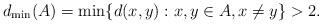
LaTeX: \begin{align*}d_{\min}(A)=\min\{ d(x,y):x,y\in A,x\not= y\}>2.\end{align*}